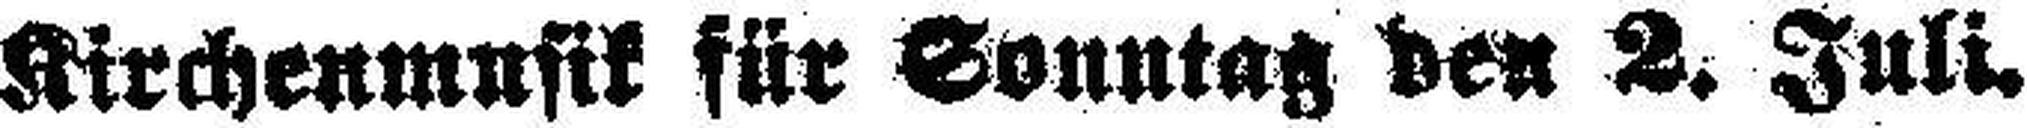
Kirchenmusik für Sonntag den 2. Juli.